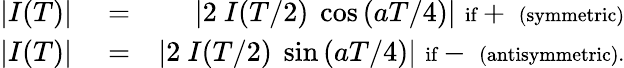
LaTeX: \begin{array}{rlr}{|I(T)|}&{{}=}&{|2~I(T/2)~\cos{(aT/4)}|\, \, \textrm{{\scriptsize if}}+\, \, \textrm{{\scriptsize(symmetric)}}}\\ {|I(T)|}&{{}=}&{|2~I(T/2)~\sin{(aT/4)}|\, \, \textrm{{\scriptsize if}}-\, \, \textrm{{\scriptsize(antisymmetric).}}}\end{array}